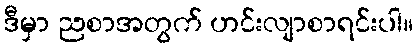
ဒီမှာ ညစာအတွက် ဟင်းလျာစာရင်းပါ။